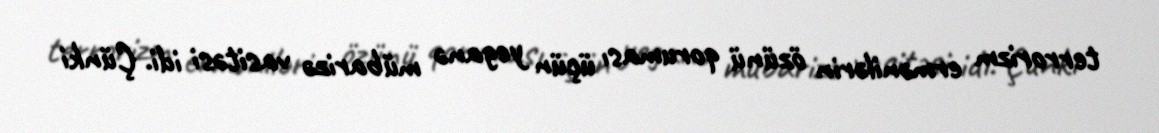
terrorizm ermənilərin özünü qoruması üçün yeganə mübarizə vasitəsi idi. Çünki